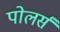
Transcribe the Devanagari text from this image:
पोलर्स